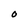
Character: O